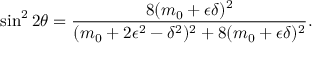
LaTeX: \sin ^ { 2 } 2 \theta = { \frac { 8 ( m _ { 0 } + \epsilon \delta ) ^ { 2 } } { ( m _ { 0 } + 2 \epsilon ^ { 2 } - \delta ^ { 2 } ) ^ { 2 } + 8 ( m _ { 0 } + \epsilon \delta ) ^ { 2 } } } .